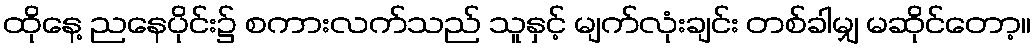
ထိုနေ့ ညနေပိုင်း၌ စကားလက်သည် သူနှင့် မျက်လုံးချင်း တစ်ခါမျှ မဆိုင်တော့။